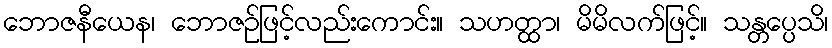
ဘောဇနီယေန၊ ဘောဇဉ်ဖြင့်လည်းကောင်း။ သဟတ္ထာ၊ မိမိလက်ဖြင့်။ သန္တပ္ပေသိ၊